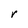
Character: r